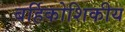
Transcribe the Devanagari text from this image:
बर्हिकोशिकीय